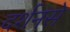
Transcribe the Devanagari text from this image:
दर्शनसे